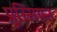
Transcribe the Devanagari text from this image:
प्रुस्सियन